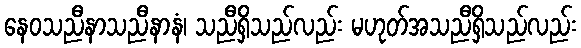
နေဝသညီနာသညီနာနံ၊ သညီရှိသည်လည်း မဟုတ်အသညီရှိသည်လည်း